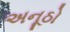
અનૂઠો